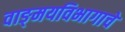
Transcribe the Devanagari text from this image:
वाङ्‌मयविभागाचे